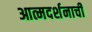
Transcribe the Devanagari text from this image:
आत्मदर्शनाची